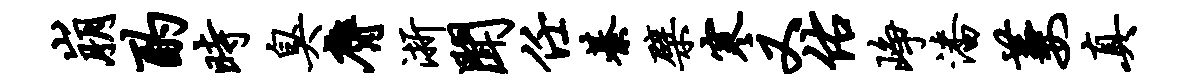
崩酌时臭膺浙闻任綦檗寒又佑峥潘萋真